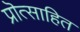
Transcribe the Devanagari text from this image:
प्रॊत्साहित